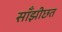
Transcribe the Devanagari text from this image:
साँझीछत